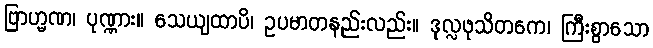
ဗြာဟ္မဏ၊ ပုဏ္ဏား။ သေယျထာပိ၊ ဥပမာတနည်းလည်း။ ဒုလ္လဖုသိတကေ၊ ကြီးစွာသော